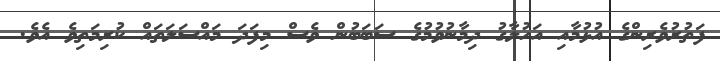
ފަތުރުވެރިންގެ އުޅުމާއި އަހުލާގު ދިމާނުވުމުގެ ސަބަބުން ވެސް މިފަދަ މައްސަލަތައް ކުރިމަތިވެ އެވެ.